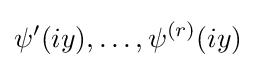
\psi '(iy),\ldots ,\psi ^{(r)}(iy)